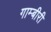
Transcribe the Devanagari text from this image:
गाम्बीरी